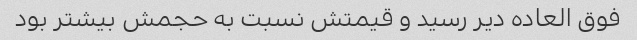
فوق العاده دیر رسید و قیمتش نسبت به حجمش بیشتر بود